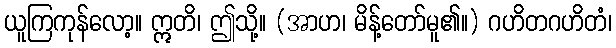
ယူကြကုန်လော့။ ဣတိ၊ ဤသို့။ (အာဟ၊ မိန့်တော်မူ၏။) ဂဟိတဂဟိတံ၊